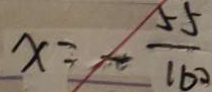
x = - \frac { 5 5 } { 1 6 0 }